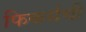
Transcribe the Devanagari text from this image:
फिकर्सची